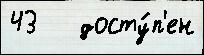
43   досту́п'ен